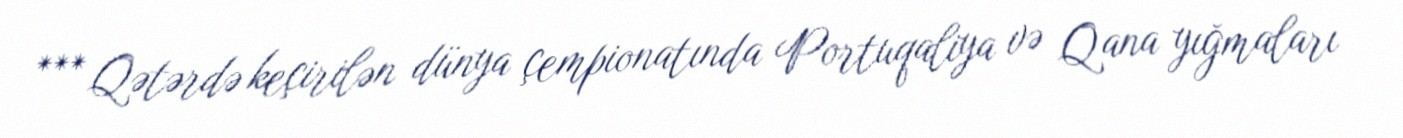
*** Qətərdə keçirilən dünya çempionatında Portuqaliya və Qana yığmaları